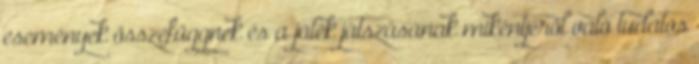
események összefüggnek és a játék játszásának mikéntjéről való tudatos